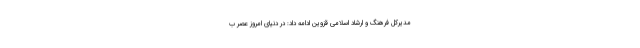
مدیرکل فرهنگ و ارشاد اسلامی قزوین ادامه داد: در دنیای امروز عصر ب